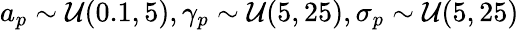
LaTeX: a_{p}\sim\mathcal{U}(0.1,5),\gamma_{p}\sim\mathcal{U}(5,25),\sigma_{p}\sim\mathcal{U}(5,25)